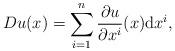
LaTeX: \begin{align*} Du(x)=\sum_{i=1}^n \frac{\partial u}{\partial x^i}(x){\rm d}x^i,\end{align*}